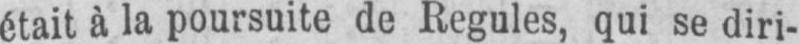
était à la poursuite de Regules, qui se diri-